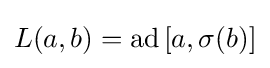
\displaystyle {L(a,b)=\mathrm {ad} \,[a,\sigma (b)]}